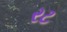
રટ